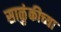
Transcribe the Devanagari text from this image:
साळुंकीच्या